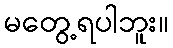
မတွေ့ရပါဘူး။